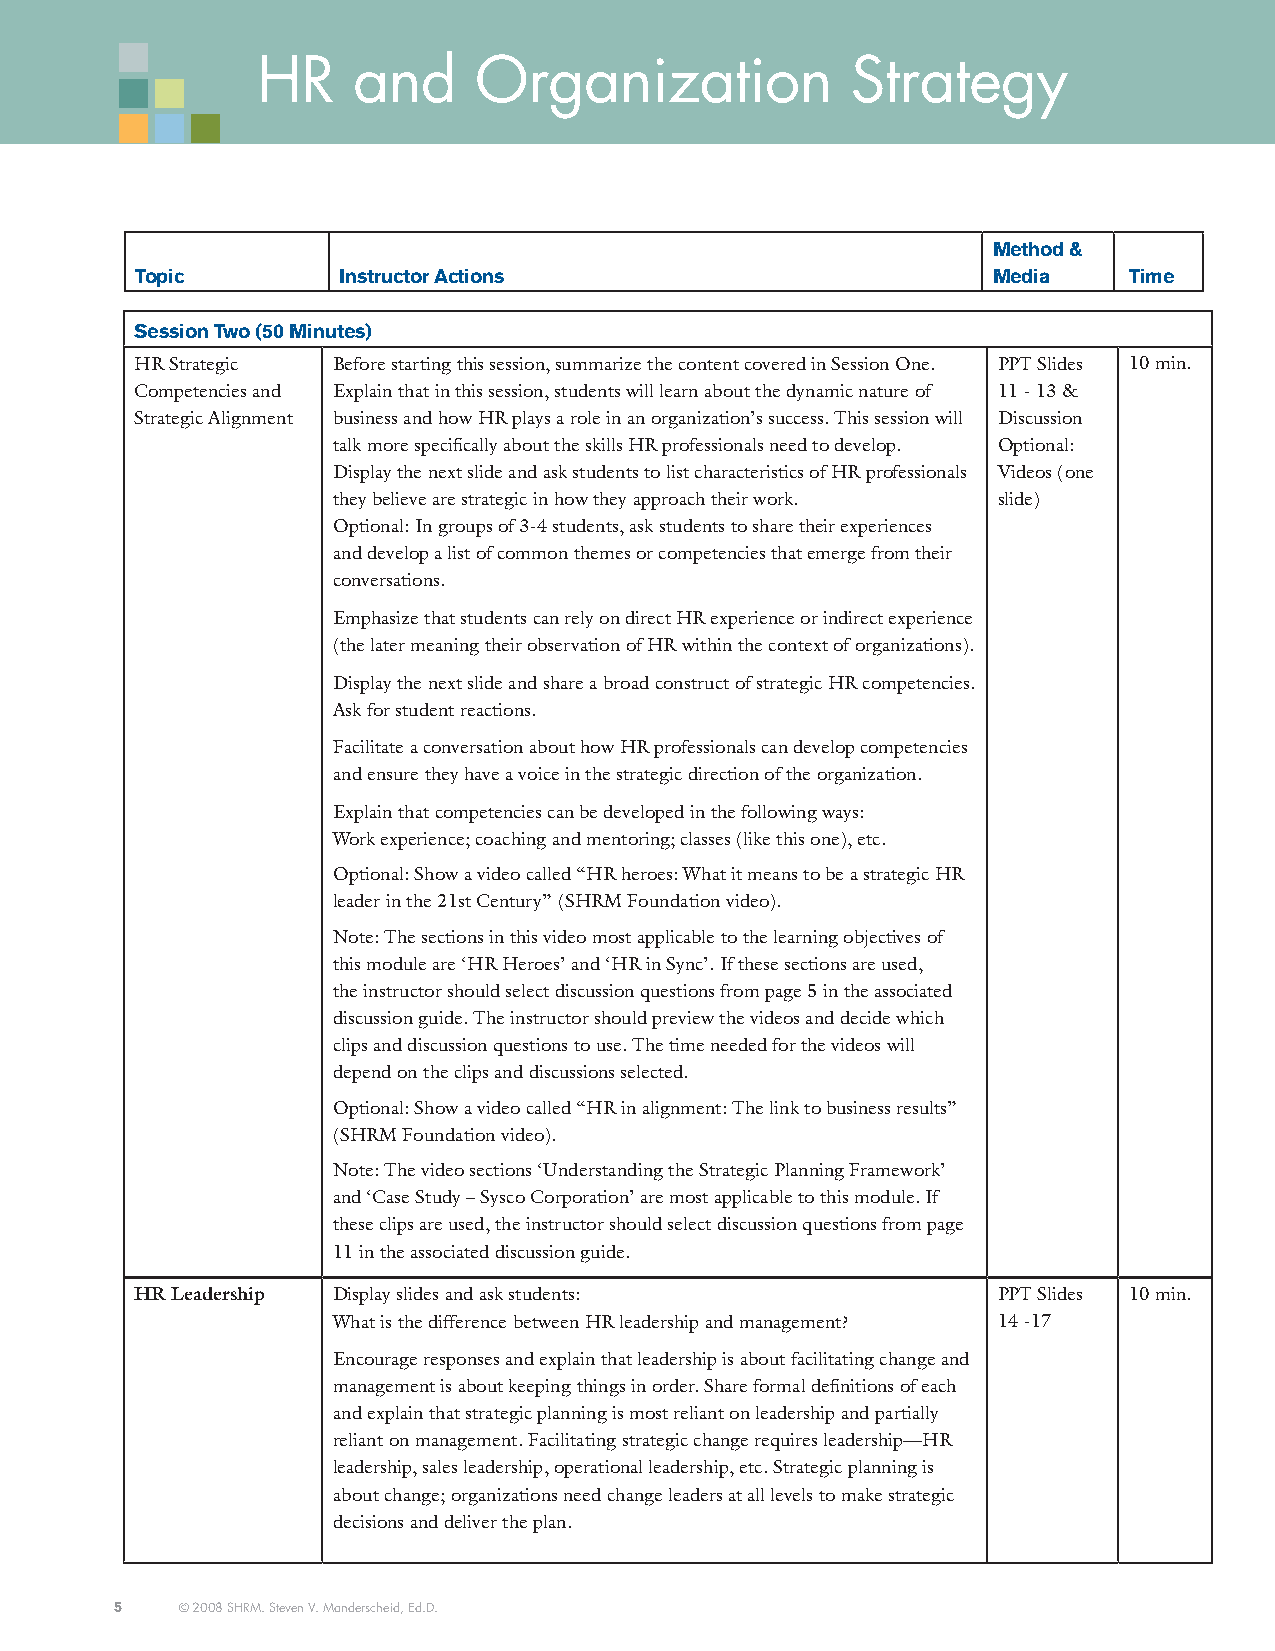
HR    and     Organization             Strategy
 Method &
 topic        instructor actions                          Media    time
 Session two (50 Minutes)
 HR Strategic Before starting this session, summarize the content covered in Session One. PPT Slides 10 min.
 Competencies and Explain that in this session, students will learn about the dynamic nature of 11 - 13 &
 Strategic Alignment business and how HR plays a role in an organization’s success. This session will Discussion
 talk more specifically about the skills HR professionals need to develop. Optional:
 Display the next slide and ask students to list characteristics of HR professionals Videos (one
 they believe are strategic in how they approach their work. slide)
 Optional: In groups of 3-4 students, ask students to share their experiences
 and develop a list of common themes or competencies that emerge from their
 conversations.
 Emphasize that students can rely on direct HR experience or indirect experience
 (the later meaning their observation of HR within the context of organizations).
 Display the next slide and share a broad construct of strategic HR competencies.
 Ask for student reactions.
 Facilitate a conversation about how HR professionals can develop competencies
 and ensure they have a voice in the strategic direction of the organization.
 Explain that competencies can be developed in the following ways:
 Work experience; coaching and mentoring; classes (like this one), etc.
 Optional: Show a video called “HR heroes: What it means to be a strategic HR
 leader in the 21st Century” (SHRM Foundation video).
 Note: The sections in this video most applicable to the learning objectives of
 this module are ‘HR Heroes’ and ‘HR in Sync’. If these sections are used,
 the instructor should select discussion questions from page 5 in the associated
 discussion guide. The instructor should preview the videos and decide which
 clips and discussion questions to use. The time needed for the videos will
 depend on the clips and discussions selected.
 Optional: Show a video called “HR in alignment: The link to business results”
 (SHRM Foundation video).
 Note: The video sections ‘Understanding the Strategic Planning Framework’
 and ‘Case Study – Sysco Corporation’ are most applicable to this module. If
 these clips are used, the instructor should select discussion questions from page
 11 in the associated discussion guide.
 HR Leadership Display slides and ask students:           PPT Slides 10 min.
 What is the difference between HR leadership and management? 14 -17
 Encourage responses and explain that leadership is about facilitating change and
 management is about keeping things in order. Share formal definitions of each
 and explain that strategic planning is most reliant on leadership and partially
 reliant on management. Facilitating strategic change requires leadership—HR
 leadership, sales leadership, operational leadership, etc. Strategic planning is
 about change; organizations need change leaders at all levels to make strategic
 decisions and deliver the plan.
 5   © 2008 SHRM. Steven V. Manderscheid, Ed.D.